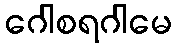
ဂေါစရဂါမေ